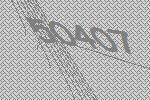
50407